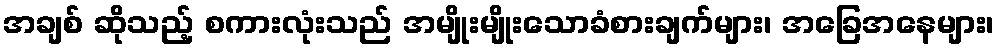
အချစ် ဆိုသည့် စကားလုံးသည် အမျိုးမျိုးသောခံစားချက်များ၊ အခြေအနေများ၊